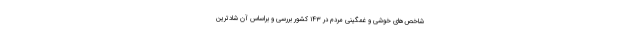
شاخص‌های خوشی و غمگینی مردم در ۱۴۳ کشور بررسی و براساس آن شادترین